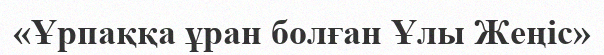
«Ұрпаққа ұран болған Ұлы Жеңіс»